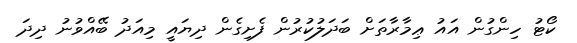
ކޯޓު ހިންގުން އައު ޢިމާރާތަށް ބަދަލުކުރުން ފެށިގެން ދިޔައީ މިއަދު ބޭއްވުނު ދިދަ